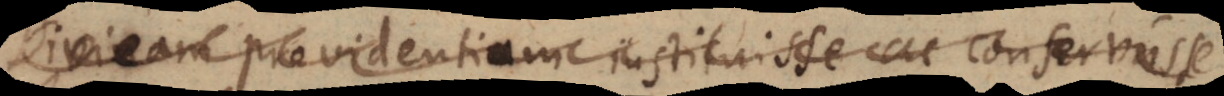
Divinam providentiam instituisse ac conservasse